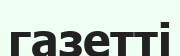
газетті